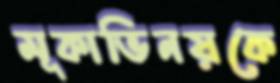
মূকাভিনয়কে